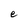
Character: e